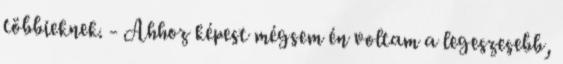
többieknek. - Ahhoz képest mégsem én voltam a legeszesebb,